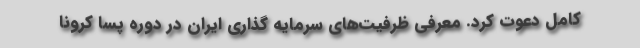
کامل دعوت کرد. معرفی ظرفیت‌های سرمایه گذاری ایران در دوره پسا کرونا